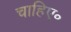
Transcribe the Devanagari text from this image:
चाहिए॰